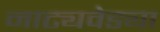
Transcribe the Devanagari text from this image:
नाट्यवेड्या